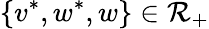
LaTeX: \{ v^{*},w^{*},w\} \in\mathcal{R}_{+}